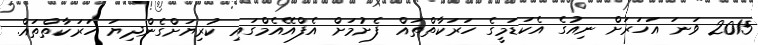
2015 ވަނަ އަހަރަށް ނިއުގެ އެކަޑަމީގެ ހަރަކާތްތައް ފެށުމަށް އެފްއޭއެމްގައި ކުރިޔަށްގެންދިޔަ ހަރަކާތްތައް.